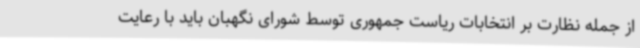
از جمله نظارت بر انتخابات ریاست جمهوری توسط شورای نگهبان باید با رعایت